Treatise on elephants
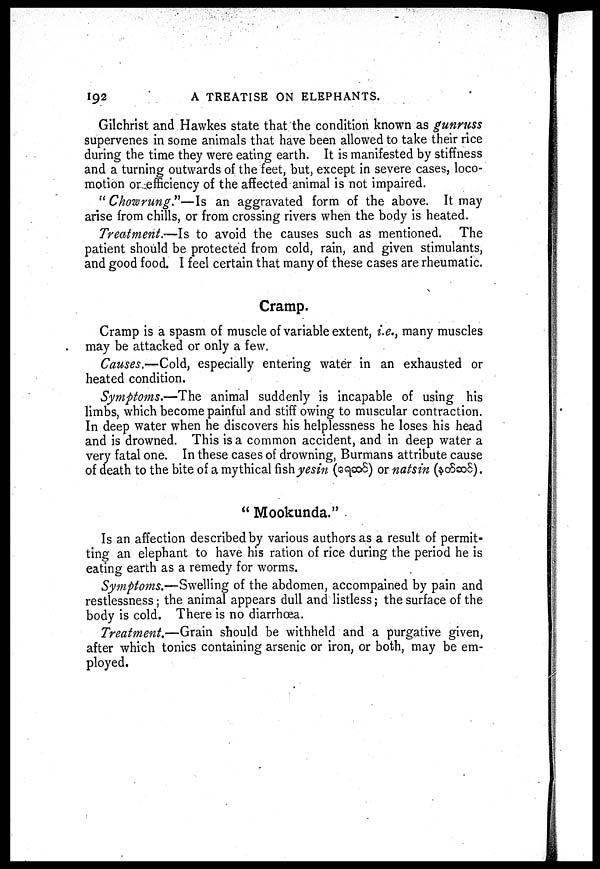
192
A TREATISE ON ELEPHANTS.
Gilchrist and Hawkes state that the condition known as gunruss
supervenes in some animals that have been allowed to take their rice
during the time they were eating earth. It is manifested by stiffness
and a turning outwards of the feet, but, except in severe cases, loco-
motion or efficiency of the affected animal is not impaired.
"Chowrung."—Is an aggravated form of the above. It may
arise from chills, or from crossing rivers when the body is heated.
Treatment.—Is to avoid the causes such as mentioned. The
patient should be protected from cold, rain, and given stimulants,
and good food. I feel certain that many of these cases are rheumatic.
Cramp.
Cramp is a spasm of muscle of variable extent, i.e., many muscles
may be attacked or only a few.
Causes.—Cold, especially entering water in an exhausted or
heated condition.
Symptoms.—The animal suddenly is incapable of using his
limbs, which become painful and stiff owing to muscular contraction.
In deep water when he discovers his helplessness he loses his head
and is drowned. This is a common accident, and in deep water a
very fatal one. In these cases of drowning, Burmans attribute cause
of death to the bite of a mythical Ushyesin (<s^so5) or natsin ($c8ao5).
" Mookunda."
Is an affection described by various authors as a result of permit-
ting an elephant to have his ration of rice during the period he is
eating earth as a remedy for worms.
Symptoms.—Swelling of the abdomen, accompained by pain and
restlessness; the animal appears dull and listless; the surface of the
body is cold. There is no diarrhoea.
Treatment.—Grain should be withheld and a purgative given,
after which tonics containing arsenic or iron, or both, may be em-
ployed.